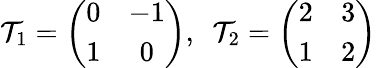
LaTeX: \mathcal{T}_{1}=\left(\begin{array}{cc}{{0}}&{{-1}}\\ {{1}}&{{0}}\end{array}\right),~~\mathcal{T}_{2}=\left(\begin{array}{cc}{{2}}&{{3}}\\ {{1}}&{{2}}\end{array}\right)